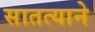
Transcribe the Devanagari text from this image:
सातत्‍याने